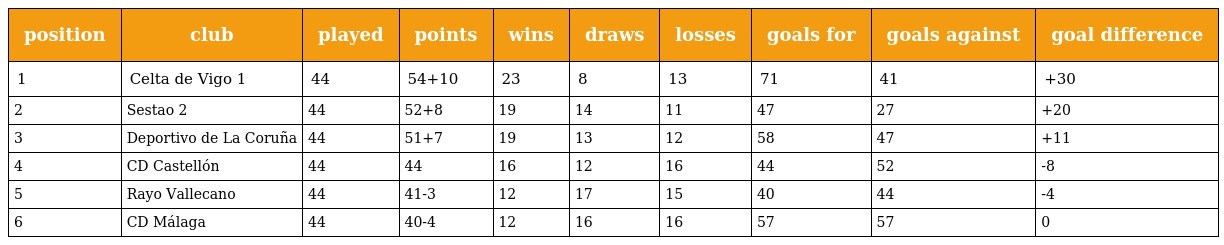
| position | club | played | points | wins | draws | losses | goals for | goals against | goal difference |
 | --- | --- | --- | --- | --- | --- | --- | --- | --- | --- |
 | 1 | Celta de Vigo 1 | 44 | 54+10 | 23 | 8 | 13 | 71 | 41 | +30 |
 | 2 | Sestao 2 | 44 | 52+8 | 19 | 14 | 11 | 47 | 27 | +20 |
 | 3 | Deportivo de La Coruña | 44 | 51+7 | 19 | 13 | 12 | 58 | 47 | +11 |
 | 4 | CD Castellón | 44 | 44 | 16 | 12 | 16 | 44 | 52 | -8 |
 | 5 | Rayo Vallecano | 44 | 41-3 | 12 | 17 | 15 | 40 | 44 | -4 |
 | 6 | CD Málaga | 44 | 40-4 | 12 | 16 | 16 | 57 | 57 | 0 |